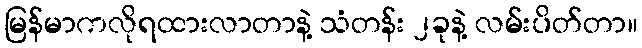
မြန်မာကလိုရထားလာတာနဲ့ သံတန်း ၂ခုနဲ့ လမ်းပိတ်တာ။